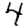
Digit: 4